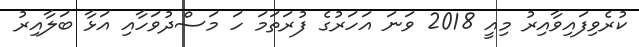
ކުރެވިފައިވާއިރު މިއީ 2018 ވަނަ އަހަރުގެ ފުރަތަމަ ހަ މަސްދުވަހާއި އަޅާ ބަލާއިރު